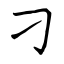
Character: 刁